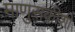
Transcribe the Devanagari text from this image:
माणुसकीशी